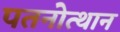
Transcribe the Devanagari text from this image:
पतनोत्थान